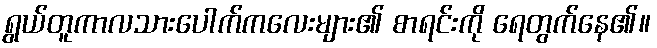
ရွယ်တူကာလသားပေါက်ကလေးများ၏ စာရင်းကို ရေတွက်နေ၏။